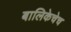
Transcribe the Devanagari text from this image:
बालिकेचेच